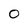
Character: 0